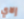
إلاي